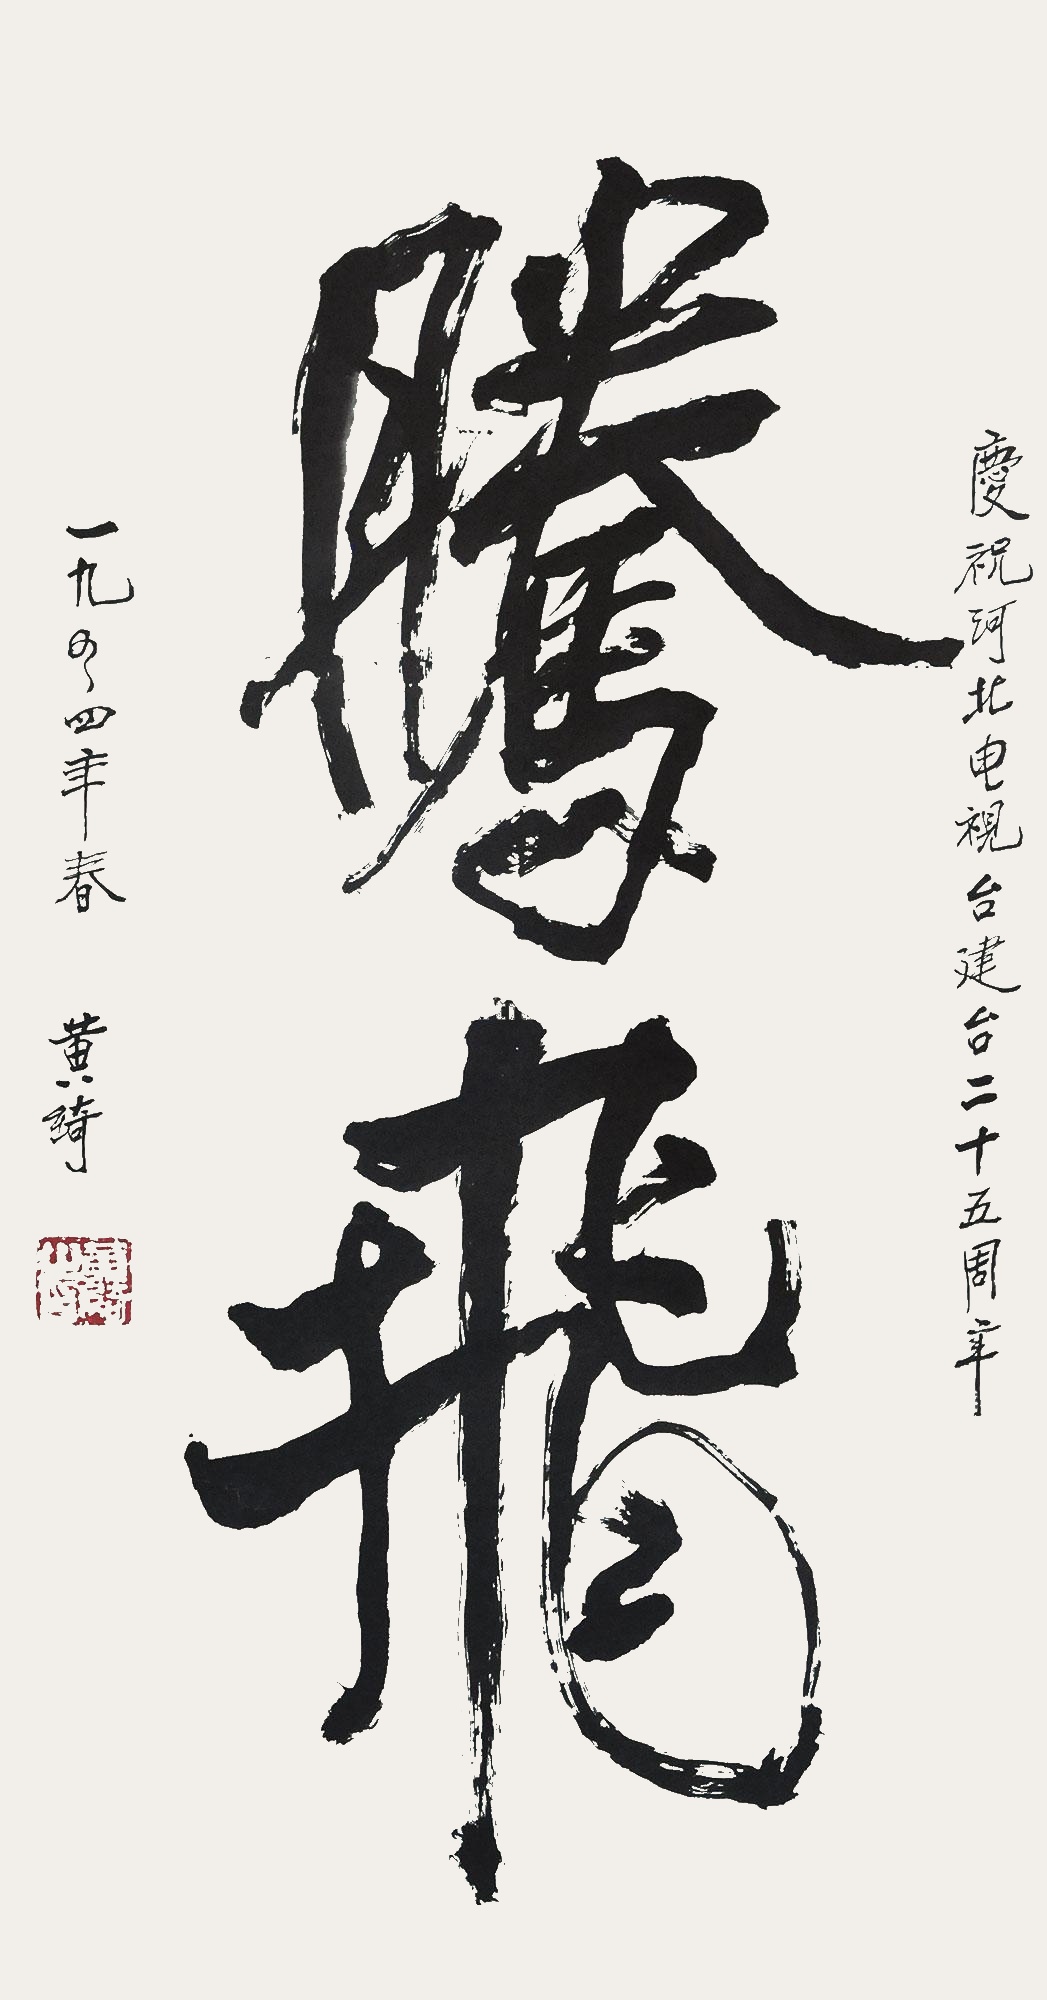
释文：庆祝河北电视台建台二十五周年一九九四年春黄绮。黄绮之印。